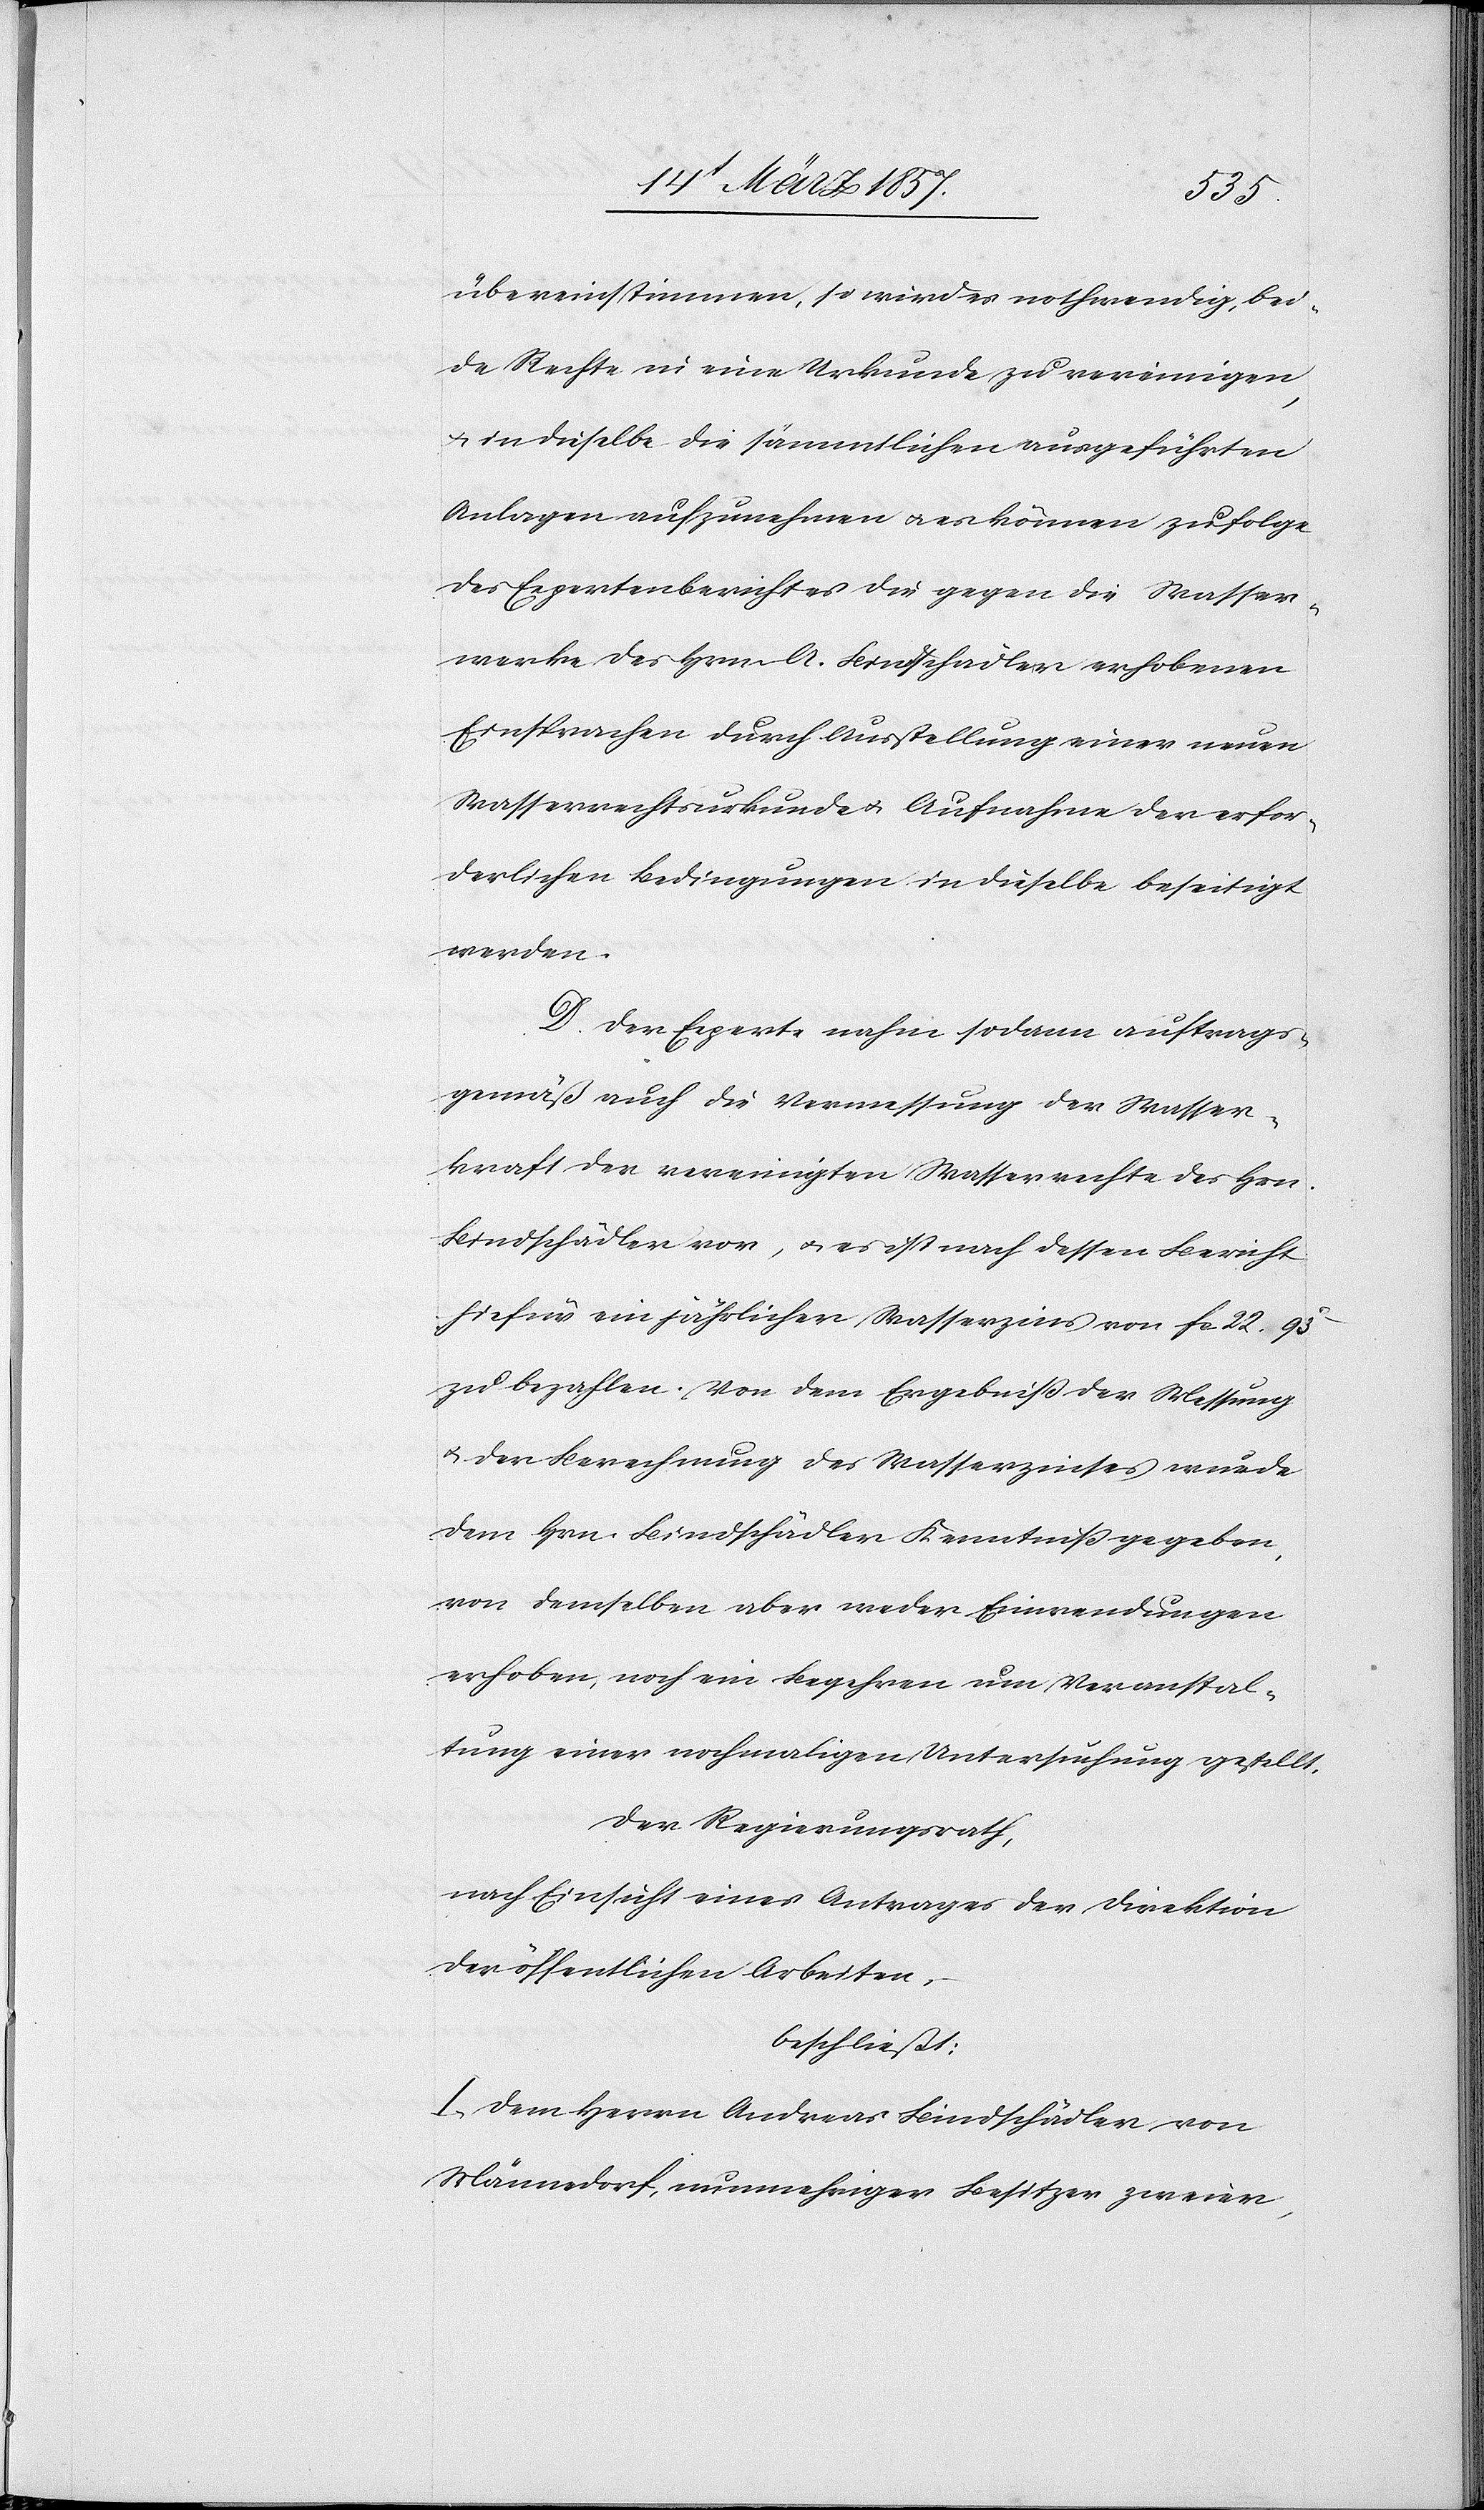
übereinstimmen, so wird es nothwendig, bei¬
de Rechte in eine Urkunde zu vereinigen,
u. in dieselbe die sämmltichen ausgeführten
Anlagen aufzunehmen u. es können zu folge
des Expertenberichtes die gegen die Wasser¬
werke des Hrn. A. Bindschädler erhobenen
Einsprachen durch Ausstellung einer neuen
Wasserrechtsurkunde u. Aufnahme der erfor¬
derlichen Bedingungen in dieselbe beseitigt
werden.
D. Der Experte nahm sodann auftrags¬
gemäß auch die Vermessung der Wasser¬
kraft der vereinigten Wasserrechte des Hrn.
Bindschädler vor, u. es ist nach dessen Bericht
hiefür ein jährlicher Wasserzins von fr. 22. 93
zu bezahlen. Von dem Ergebniß der Messung
u. der Berechnung des Wasserzinses wurde
dem Hrn. Bindschädler Kenntniß gegeben,
von demselben aber weder Einwendungen
erhoben, noch ein Begehren um Veranstal¬
tung einer nochmaligen Untersuchung gestellt.
Der Regierungsrath,
nach Einsicht eines Antrages der Direktion
der öffentlichen Arbeiten,
beschließt:
I. Dem Herrn Andreas Bindschädler von
Männedorf, nunmehriger Besitzer zweier,